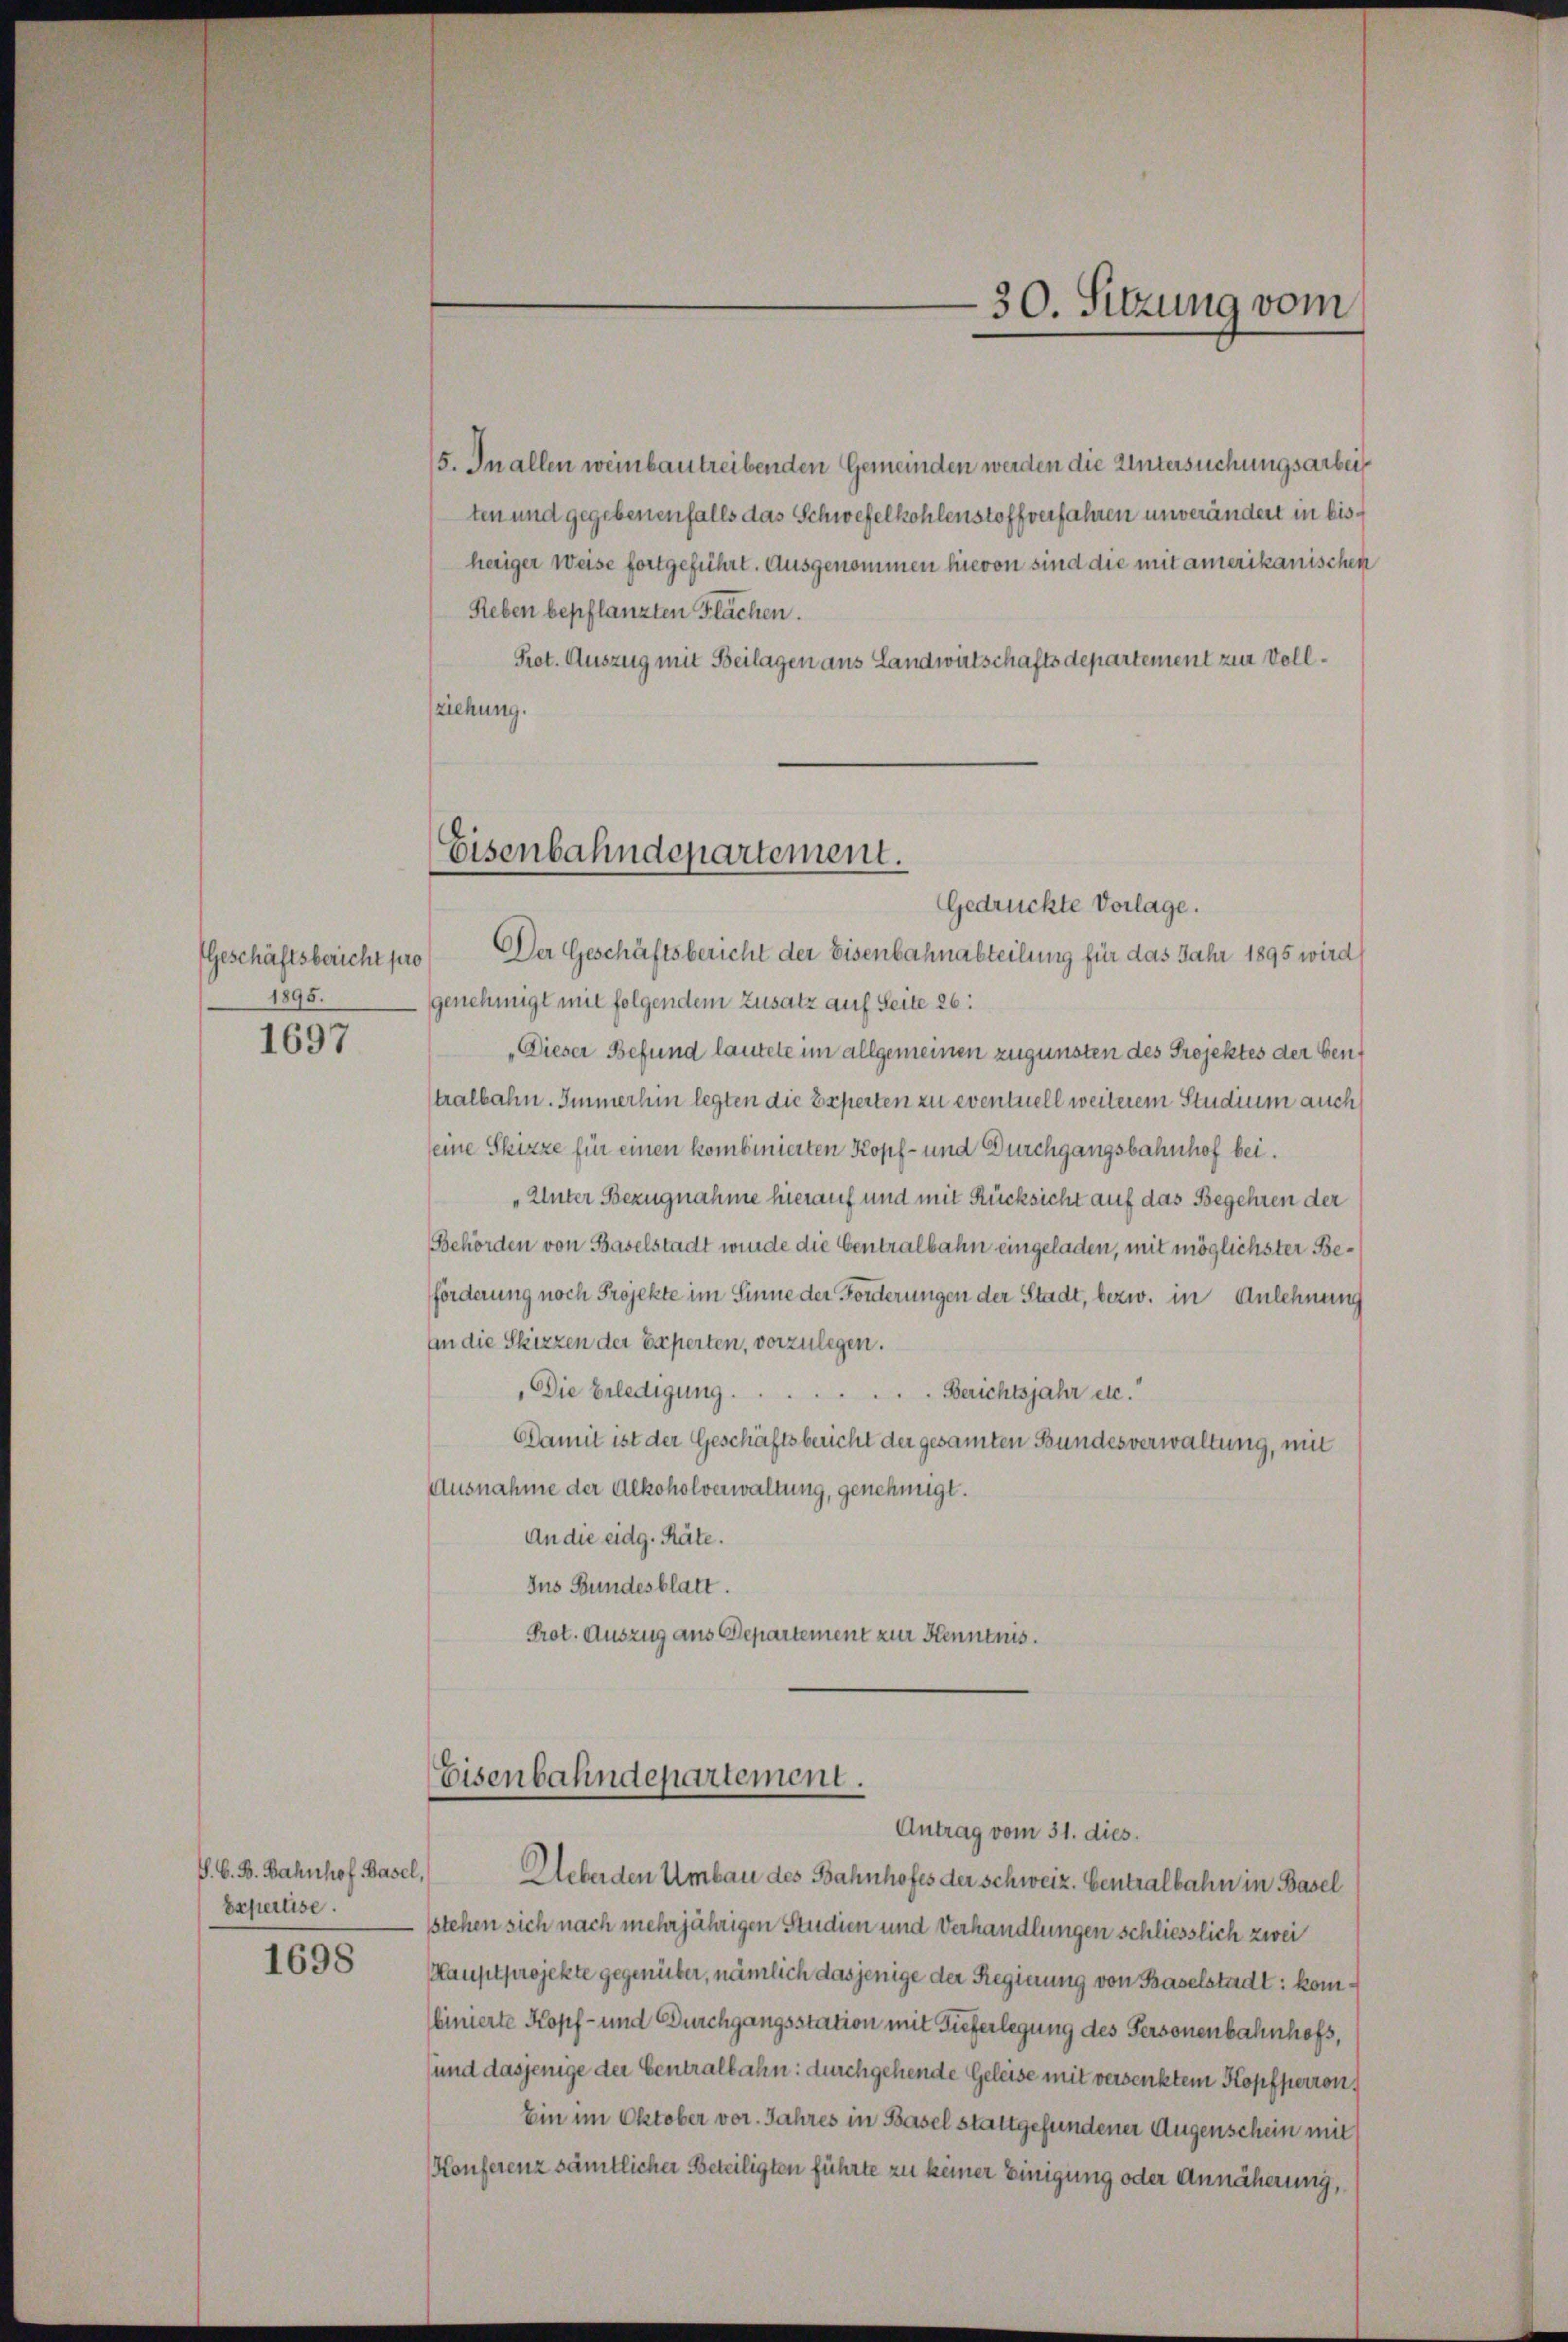
1895.
1697

1698

5. In allen weinbautreibenden Gemeinden werden die Untersuchungsarbei
ten und gegebenenfalls das Schwefelkohlenstoff verfahren unverändert in bisheriger Weise fortgeführt. Ausgenommen hievon sind die mit amerikanischen
Reben bepflanzten Flächen.
Prot. Auszug mit Beilagen aus Landwirtschaftsdepartement zur Vollziehung.

Eisenbahndepartement.

Gedrückte Vorlage.
Geschäftsbericht pro Der Geschäftsbericht der Eisenbahnabteilung für das Jahr 1895 wird
genehmigt mit folgendem Zusatz auf Seite 26:
„Dieser Befund lautete im allgemeinen zugunsten des Projektes der Genf
tralbahn. Immerhin legten die Experten zu eventuell weiterem Studium auch
seine Skizze für einen kombinierten Kopf- und Durchgangsbahnhof bei.
„Unter Bezugnahme hierauf und mit Rücksicht auf das Begehren der
Behörden von Baselstadt wurde die Centralbahn eingeladen, mit möglichster Beförderung noch Projekte im Sinne der Forderungen der Stadt, bezw. in Anlehnung
An die Skizzen der Experten, vorzulegen.
Die Erledigung. Berichtsjahr etc.“
Damit ist der Geschäftsbericht der gesamten Bundesverwaltung, mit
Ausnahme der Alkoholverwaltung, genehmigt.
An die eidg. Räte.
Ins Bundesblatt.
Prot. Auszug aus Departement zur Kenntnis.

Eisenbahndepartement.
Antrag vom 31. dies.

S. G. B. Bahnhof Basel, Weberden Umbau des Bahnhofes der Schweiz. Centralbahn in Basel
Expertise stehen sich nach mehrjährigen Studien und Verhandlungen schliesslich zwei
Hauptprojekte gegenüber, nämlich dasjenige der Regierung von Baselstadt: kombinierte Kopf- und Durchgangsstation mit Tieferlegung des Personenbahnhofs,
und dasjenige der Centralbahn durchgehende Geleise mit versenktem Kopfperron,
Ein im Oktober vor. Jahres in Basel stattgefundener Augenschein mit
Konferenz sämtlicher Beteiligten führte zu keiner Einigung oder Annäherung,

30. Sitzung vom